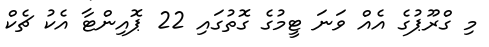
މި ގްރޫޕުގެ އެއް ވަނަ ޓީމުގެ ގޮތުގައި 22 ޕޮއިންޓާ އެކު ޗެކް